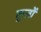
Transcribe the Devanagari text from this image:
कुतों